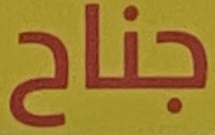
جناح